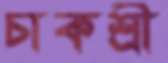
চাকশ্রী